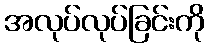
အလုပ်လုပ်ခြင်းကို